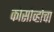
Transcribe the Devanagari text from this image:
कोसोव्होचा